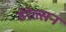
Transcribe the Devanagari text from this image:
हेरेल्सन